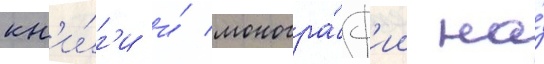
кн'и́г'и и́ моногра́ф'ии на́